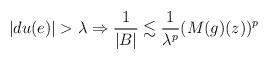
LaTeX: \begin{align*}|du(e)|>\lambda \Rightarrow \frac1{|B|}\lesssim \frac{1}{\lambda^p} (M(g)(z))^{p} \end{align*}